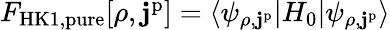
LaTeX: \begin{array}{r}{F_{\mathrm{HK1,pure}}[\rho,\mathbf{j}^{\mathrm{p}}]=\langle\psi_{\rho,\mathbf{j}^{\mathrm{p}}}|H_{0}|\psi_{\rho,\mathbf{j}^{\mathrm{p}}}\rangle}\end{array}